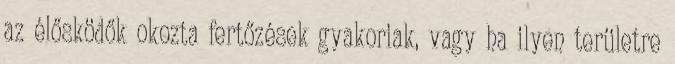
az élősködők okozta fertőzések gyakoriak, vagy ha ilyen területre